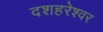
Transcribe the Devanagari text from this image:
दशहरेश्वर